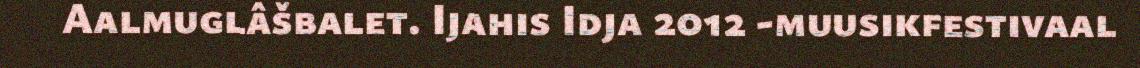
Aalmuglâšbalet. Ijahis Idja 2012 -muusikfestivaal